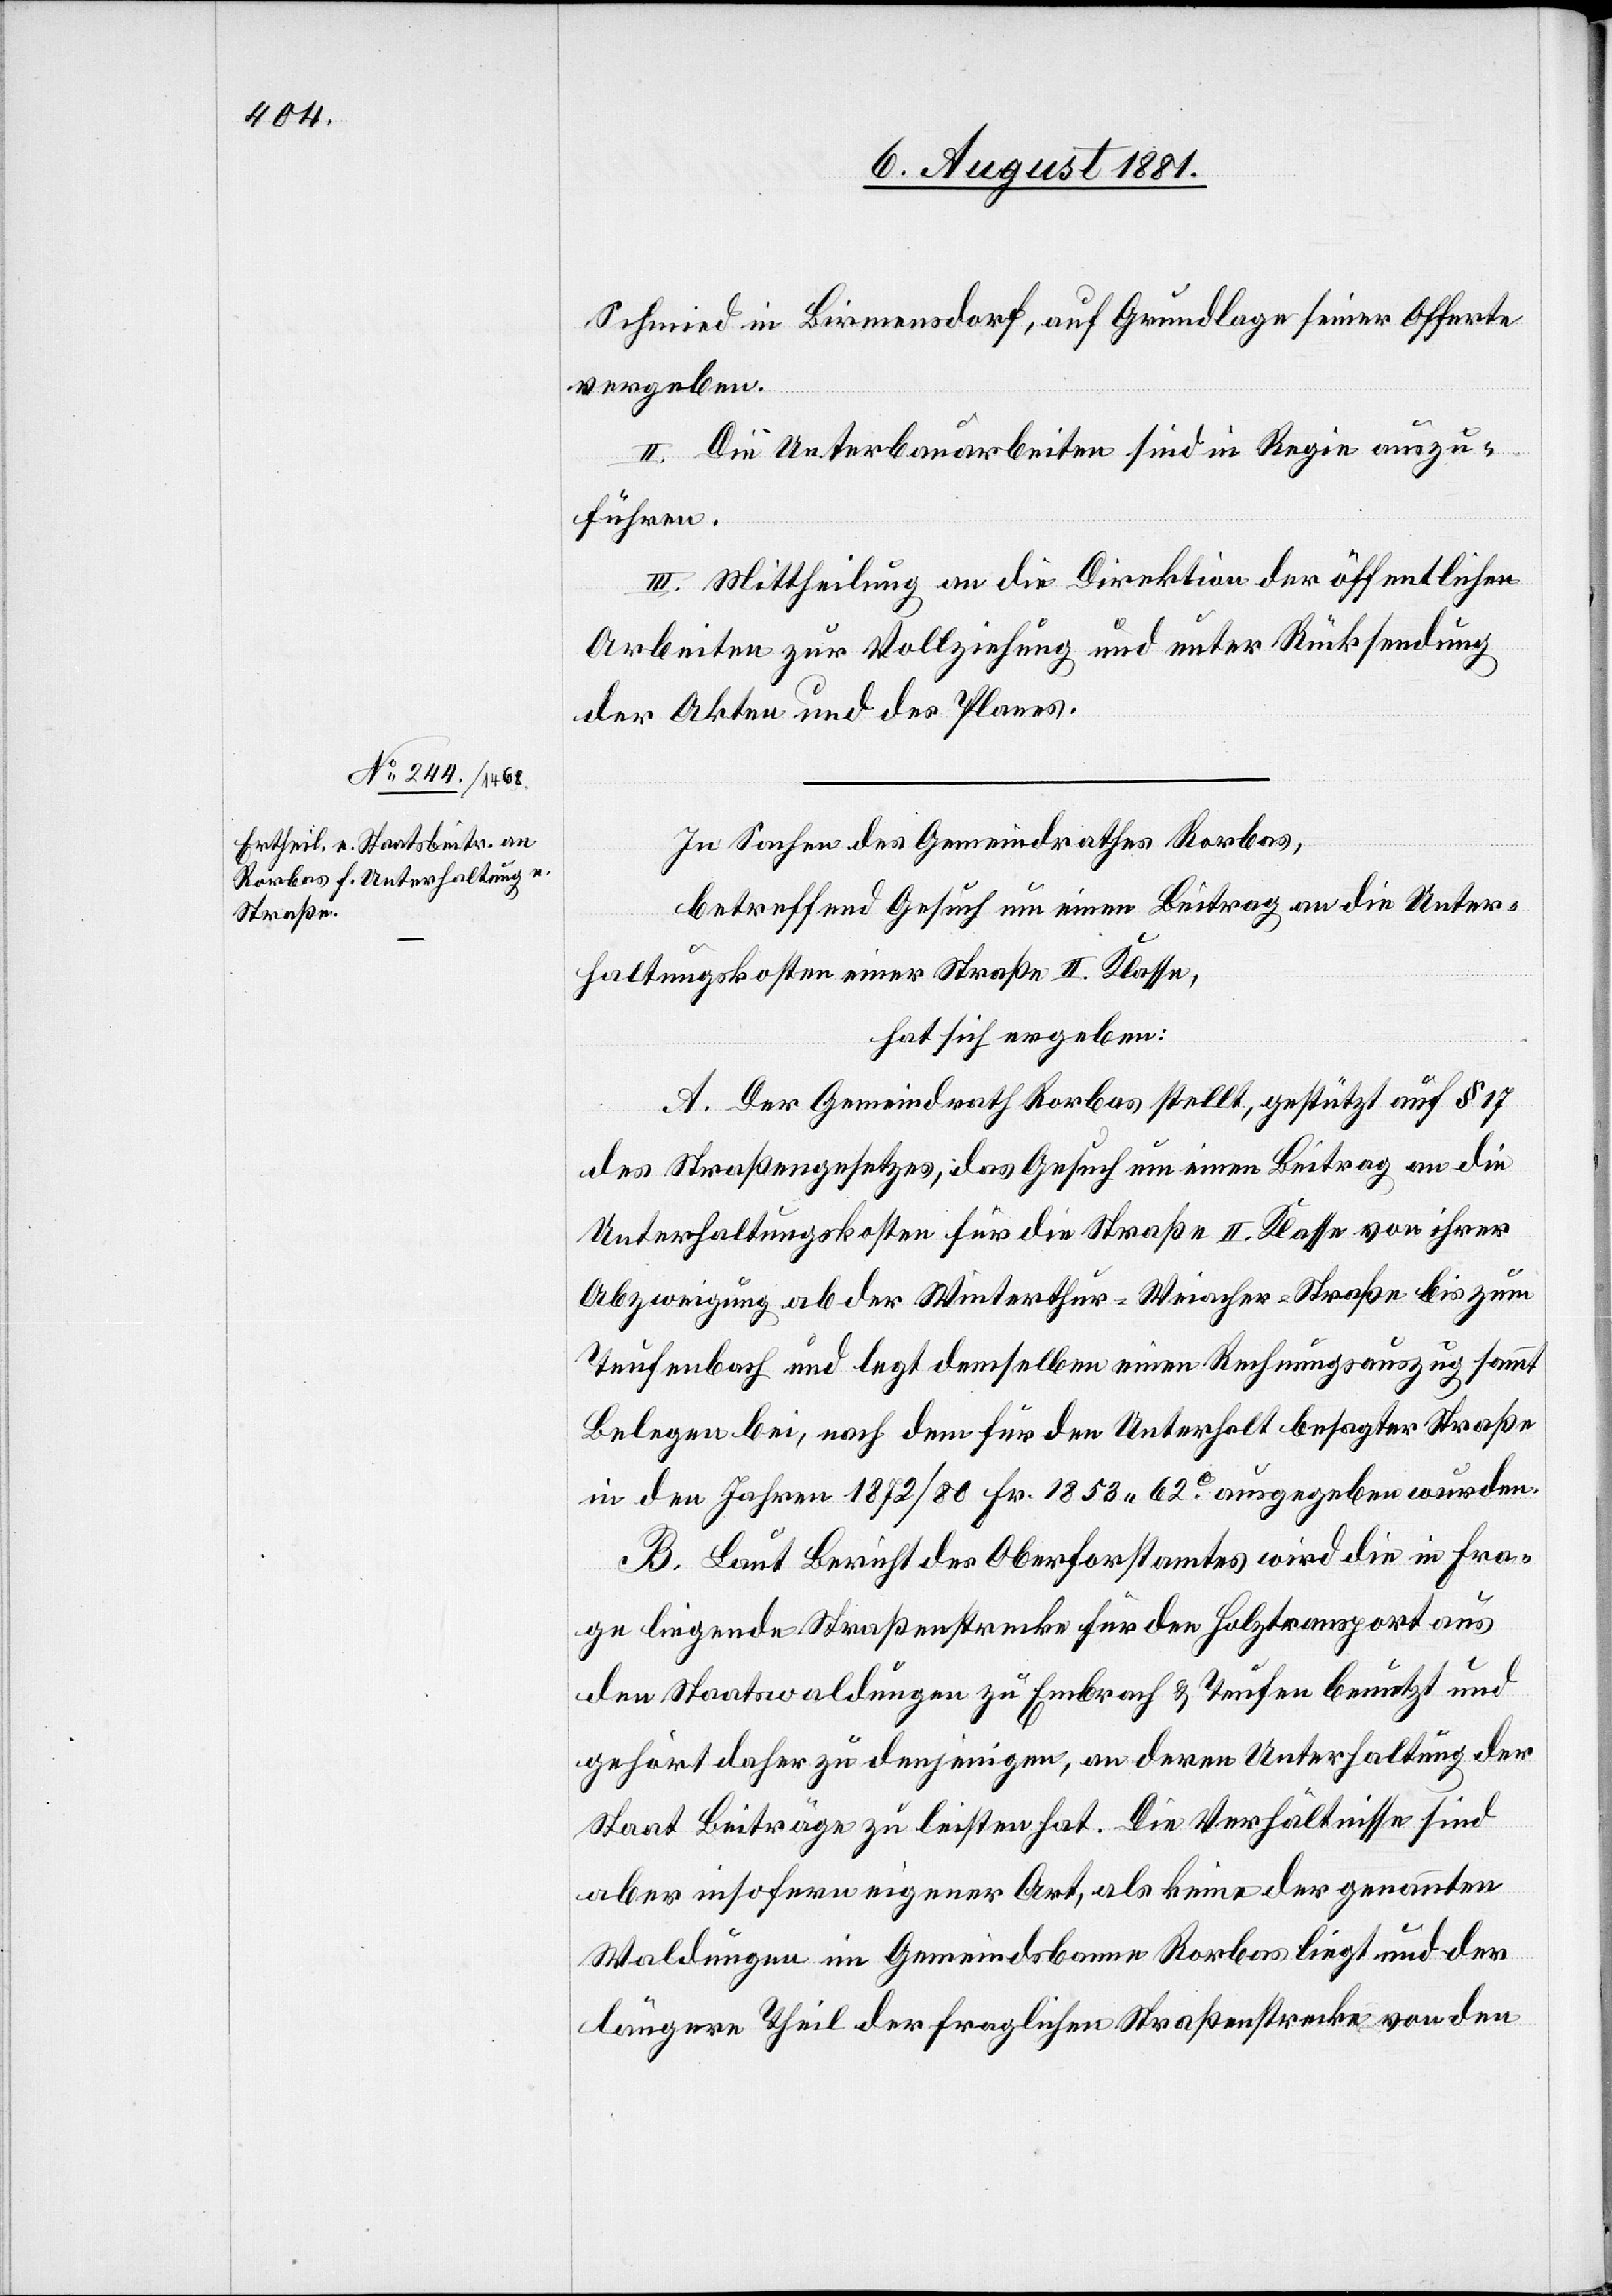
Schmied in Birmensdorf, auf Grundlage seiner Offerte
vergeben.
II. Die Unterbauarbeiter sind in Regie auszu¬
führen.
III. Mittheilung an die Direktion der öffentlichen
Arbeiten zur Vollziehung und unter Rücksendung
der Akten und des Planes.
In Sachen des Gemeindrathes Rorbas,
betreffend Gesuch um einen Beitrag an die Unter¬
haltungskosten einer Straße II. Klasse,
hat sich ergeben:
A. Der Gemeindrath Rorbas stellt, gestützt auf § 17
des Straßengesetzes, das Gesuch um einen Beitrag an die
Unterhaltungskosten für die Straße II. Klasse von ihrer
Abzweigung ab der Winterthur-Weiacher-Straße bis zum
Teufenbach und legt demselben einen Rechnungsauszug sammt
Belegen bei, nach dem für den Unterhalt besagter Straße
in den Jahren 1872/80 Fr. 1853 62c ausgegeben wurden.
B. Laut Bericht des Oberforstamtes wird die in Fra¬
ge liegende Straßenstrecke für den Holztransport aus
den Staatswaldungen zu Embrach & Teufen benutzt und
gehört daher zu denjenigen, an deren Unterhaltung der
Staat Beiträge zu leisten hat. Die Verhältnisse sind
aber insofern eigener Art, als keine der genannten
Waldungen im Gemeindsbanne Rorbas liegt und der
längere Theil der fraglichen Straßenstrecke von den